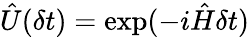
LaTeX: \hat{U}(\delta t)=\exp(-i\hat{H}\delta t)